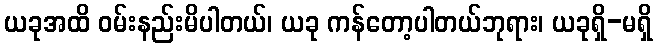
ယခုအထိ ဝမ်းနည်းမိပါတယ်၊ ယခု ကန်တော့ပါတယ်ဘုရား၊ ယခုရှိ-မရှိ